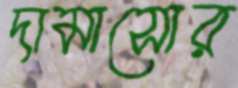
দামাসোর